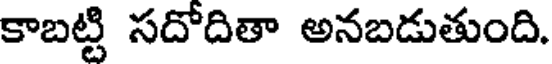
కాబట్టి సదోదితా అనబడుతుంది.